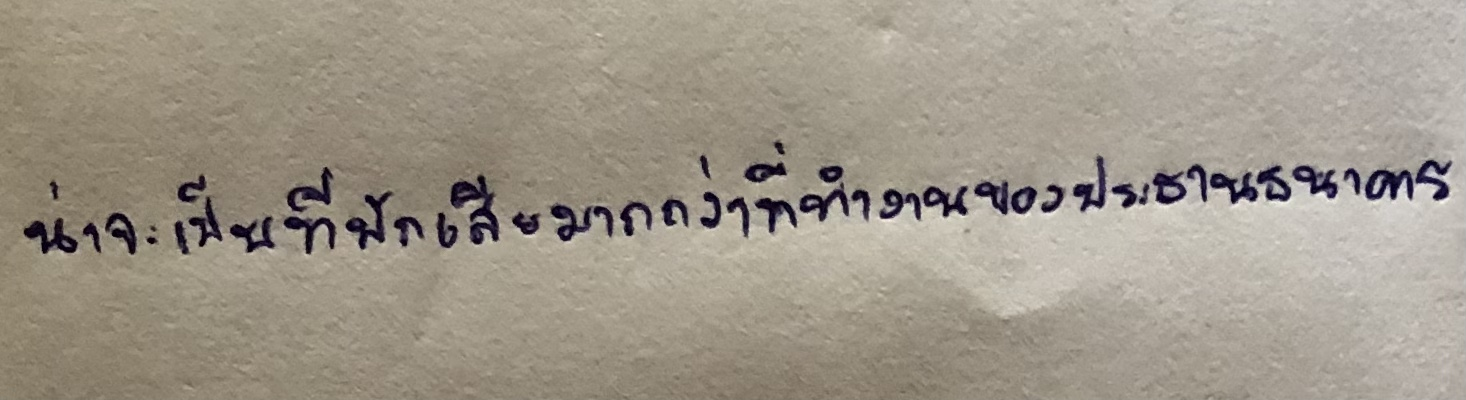
น่าจะเป็นที่พักเสียมากกว่าที่ทำงานของประธานธนาคาร